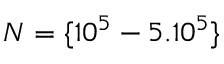
N = \{ 1 0 ^ { 5 } - 5 . 1 0 ^ { 5 } \}